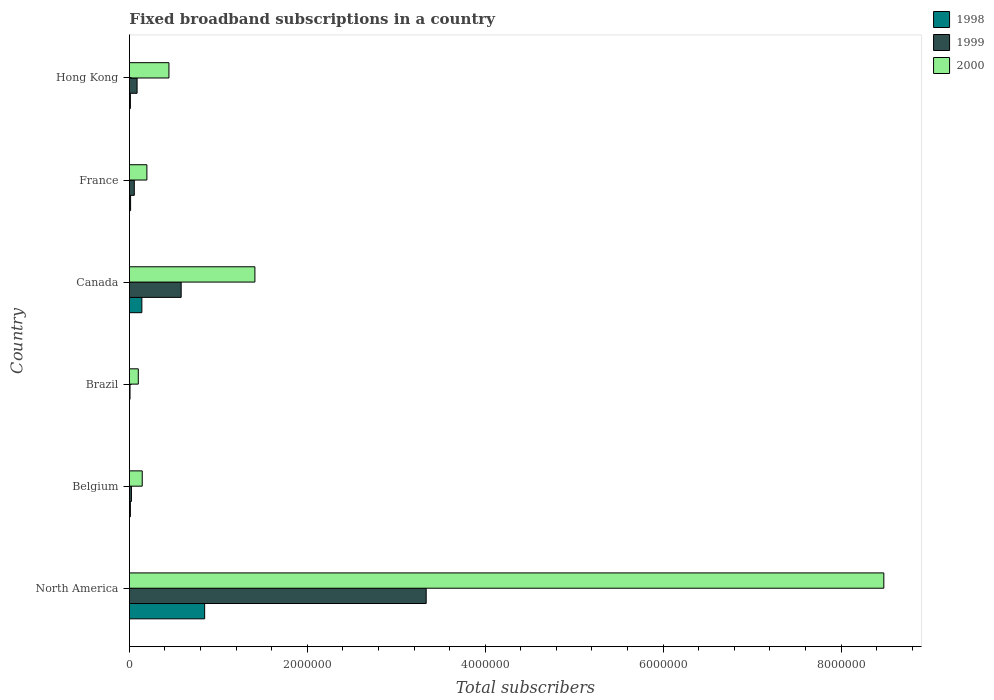
| Country | 1998 | 1999 | 2000 |
 | --- | --- | --- | --- |
 | North America | 8.46e+05 | 3.34e+06 | 8.48e+06 |
 | Belgium | 1.09e+04 | 2.3e+04 | 1.44e+05 |
 | Brazil | 1e+03 | 7e+03 | 1e+05 |
 | Canada | 1.4e+05 | 5.82e+05 | 1.41e+06 |
 | France | 1.35e+04 | 5.5e+04 | 1.97e+05 |
 | Hong Kong | 1.1e+04 | 8.65e+04 | 4.44e+05 |